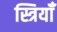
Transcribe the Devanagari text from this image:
स्त्रियॉँ